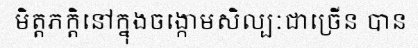
មិត្តភក្តិនៅក្នុងចង្កោមសិល្បៈជាច្រើន បាន